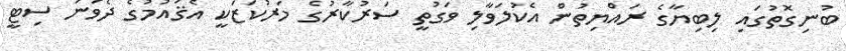
ބުނިގޮތުގައި ލިބިޔާގެ ރައްޔިތުން އެކުލަވާލި ވަގުތީ ސަރުކާރުގެ މަރުކަޒަކީ އެޤައުމުގެ ދެވަނަ ސިޓީ